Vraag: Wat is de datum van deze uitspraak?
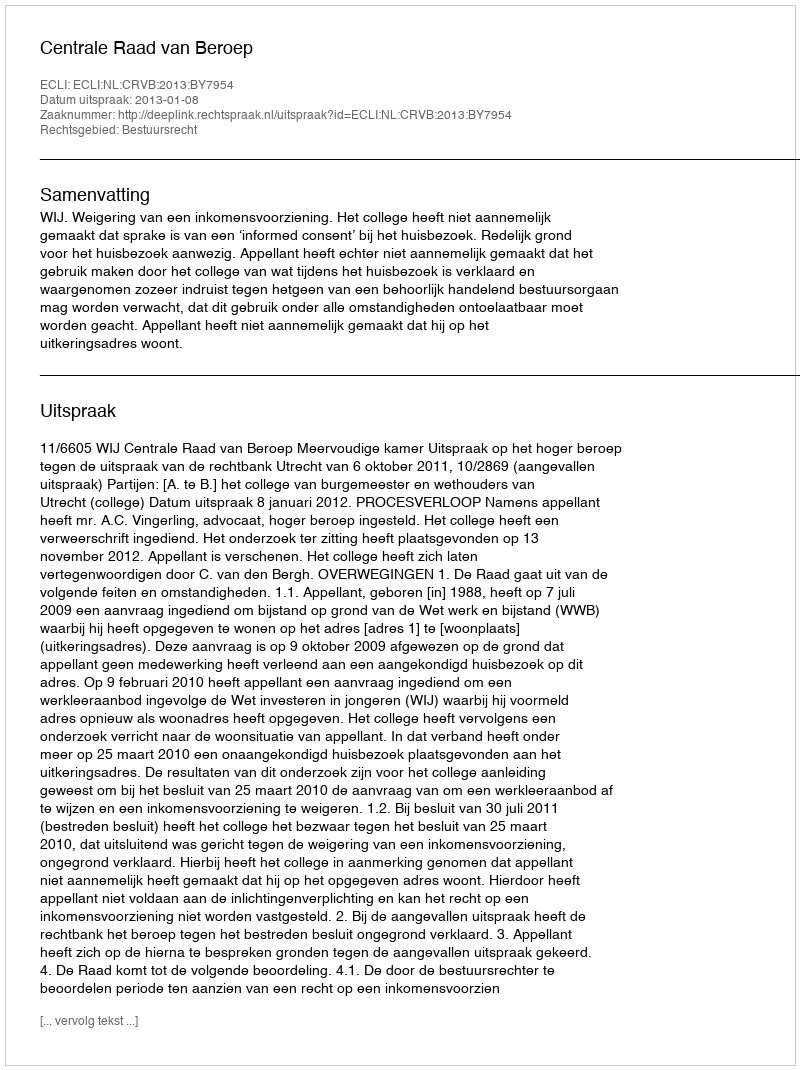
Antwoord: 2013-01-08